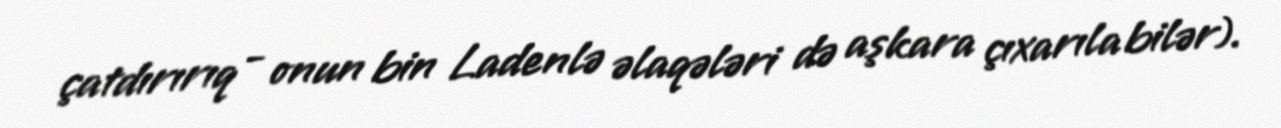
çatdırırıq - onun bin Ladenlə əlaqələri də aşkara çıxarıla bilər).